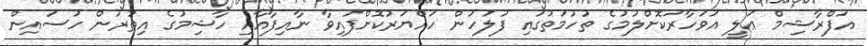
އަފްރާޝިމް ޢަލީ އަވަހާރަކޮށްލުމުގެ ތުހުމަތުގައި ފުލުހުން ހައްޔަރުކޮށްފައިވާ ނާއިފާއާއި ހާޝިމުގެ އިތުރުން ހުސައިން